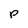
Character: P